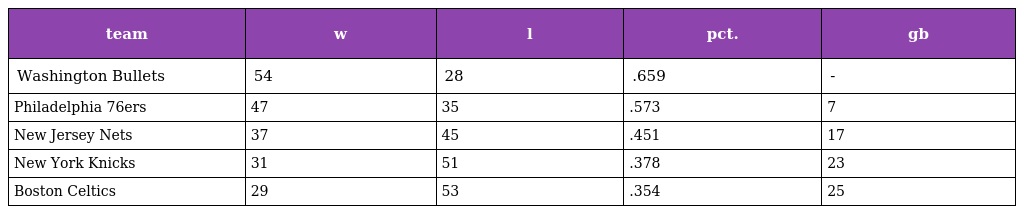
| team | w | l | pct. | gb |
 | --- | --- | --- | --- | --- |
 | Washington Bullets | 54 | 28 | .659 | - |
 | Philadelphia 76ers | 47 | 35 | .573 | 7 |
 | New Jersey Nets | 37 | 45 | .451 | 17 |
 | New York Knicks | 31 | 51 | .378 | 23 |
 | Boston Celtics | 29 | 53 | .354 | 25 |